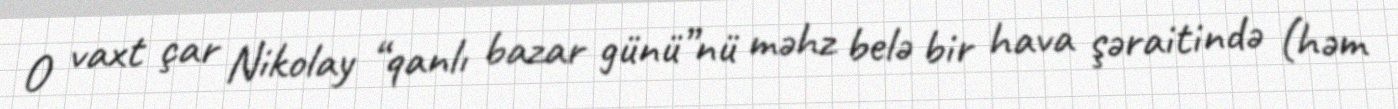
O vaxt çar Nikolay “qanlı bazar günü”nü məhz belə bir hava şəraitində (həm